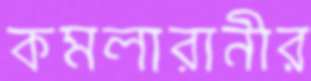
কমলারানীর